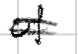
Text: of
Cross-out: double-line
Writing tool: digital_black